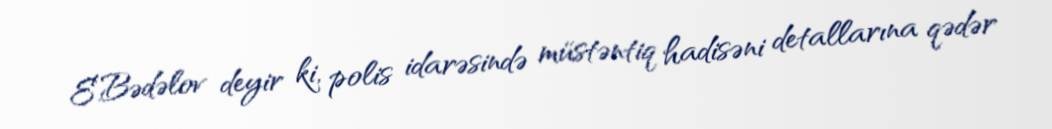
E.Bədəlov deyir ki, polis idarəsində müstəntiq hadisəni detallarına qədər